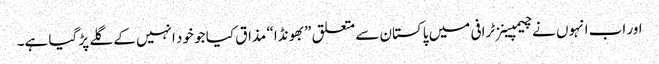
اور اب انہوں نے چیمپینز ٹرافی میں پاکستان سے متعلق ”بھونڈا“ مذاق کیا جو خود انہیں کے گلے پڑ گیا ہے۔